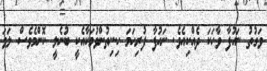
ވަގުތު ނައުފާ ވާހަކަ ދެއްކިއެވެ. ނައުފާ ފުރިހަމަ ހިނިތުންވުމަކާއެކީ ބުނެލީ ކޮންމެވެސް ލަވަ